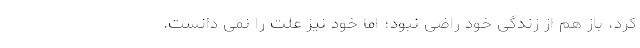
کرد، باز هم از زندگی خود راضی نبود؛ اما خود نیز علت را نمی دانست.